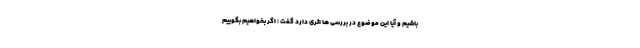
باشیم و آیا این موضوع در بررسی ها اثری دارد گفت : اگر بخواهیم بگوییم